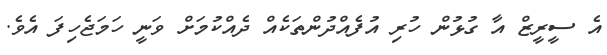
އެ ސީރީޒް އާ ގުޅުން ހުރި އުފެއްދުންތަކެއް ދެއްކުމަށް ވަނީ ހަމަޖެހިފަ އެވެ.